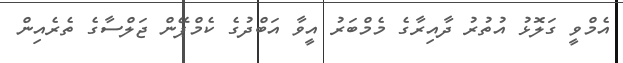
އެމްވީ ގަލޮޅު އުތުރު ދާއިރާގެ މެމްބަރު އީވާ އަބްދުގެ ކެމްޕޭން ޖަލްސާގެ ތެރެއިން